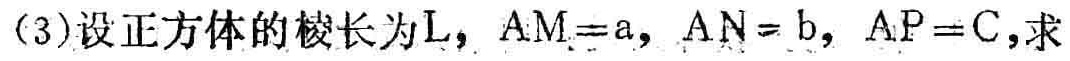
(3)设正方体的棱长为\(L\)，\(AM = a\)，\(AN = b\)，\(AP = C\)，求